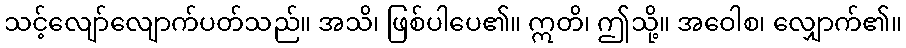
သင့်လျော်လျောက်ပတ်သည်။ အသိ၊ ဖြစ်ပါပေ၏။ ဣတိ၊ ဤသို့။ အဝေါစ၊ လျှောက်၏။